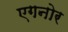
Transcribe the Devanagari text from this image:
एगनोर